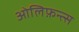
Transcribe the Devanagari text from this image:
ओलिफ़न्त्स